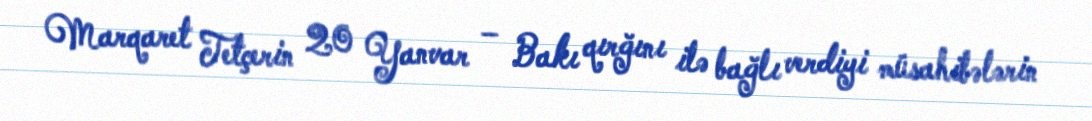
Marqaret Tetçerin 20 Yanvar – Bakı qırğını ilə bağlı verdiyi müsahibələrin